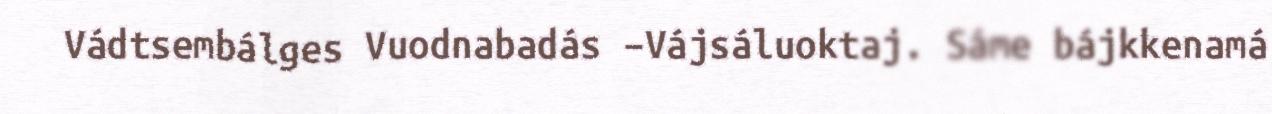
Vádtsembálges Vuodnabadás –Vájsáluoktaj. Sáme bájkkenamá